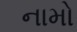
નામો